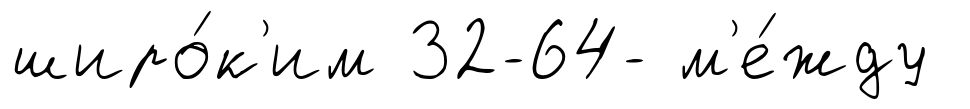
широ́к'им 32-64- м'е́жду